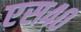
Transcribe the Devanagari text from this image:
एस४०